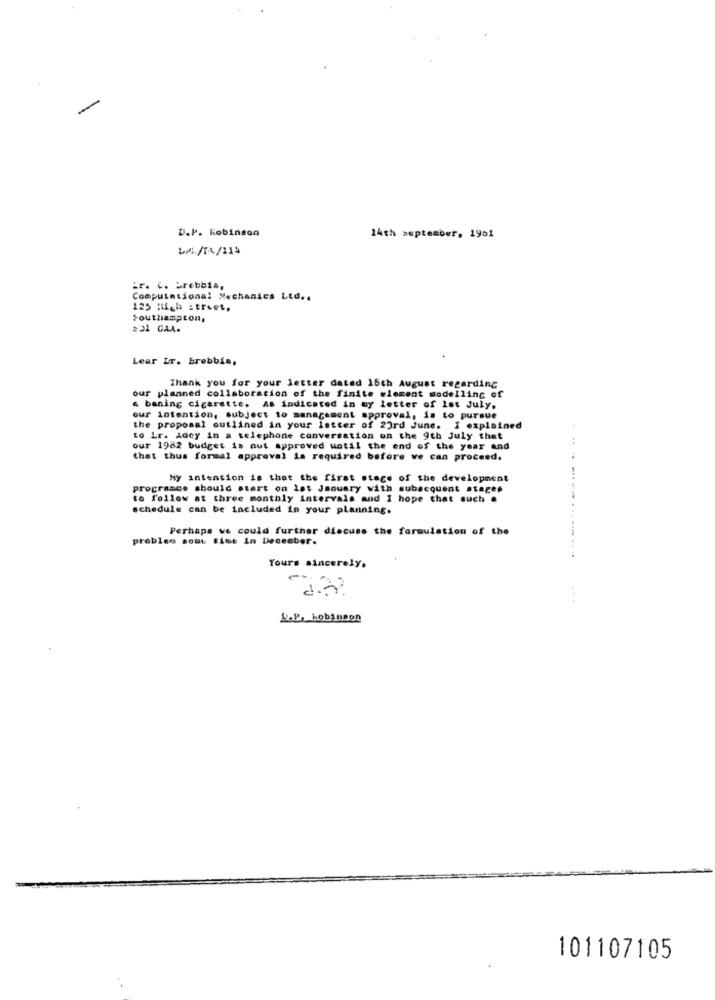
D.P. Robinson
14th september, 1951
Er. c. brebbia,
Computational Mechanics Ltd ..
125 High street.
Southampton,
Lear IT. Brebbis,
Thank you for your letter dated 16th August regarding
our planned collaboration of the finite element modelling of
& baning cigarette. As indicated in my letter of lat July,
our intention, subject to management approval, is to pursue
the proposal outlined in your letter of 23rd June. I explained
to Lr. Adey in a telephone conversation on the 9th July that
our 1982 budget is out approved until the end of the year and
that thus formal approval is required before we can proceed.
My intention is that the first stage of the development
programce should start on lat January with subsequent stages
to follow at three monthly intervals and I hope that such .
schedule can be included in your planning.
Perhaps we could further discuss the formulation of the
problem somt time in December.
....................
Yours sincerely.
-
I.P. hobimmon
101107105